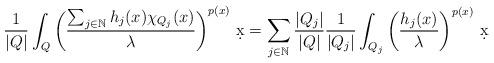
LaTeX: \begin{align*}\frac{1}{|Q|}\int_Q \left(\frac{\sum_{j\in\mathbb{N}} h_j(x)\chi_{Q_j}(x)}{\lambda}\right)^{p(x)}\,\d x&= \sum_{j\in\mathbb{N}} \frac{|Q_j|}{|Q|}\frac{1}{|Q_j|}\int_{Q_j} \left(\frac{h_j(x)}{\lambda}\right)^{ p(x)}\,\d x\end{align*}